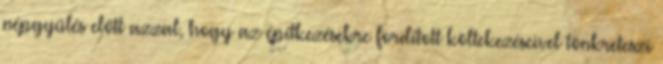
népgyűlés előtt azzal, hogy az építkezésekre fordított költekezéseivel tönkreteszi